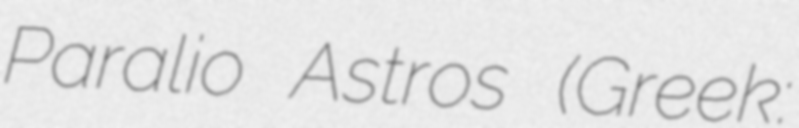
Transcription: Paralio Astros (Greek: